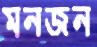
মনজন